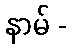
နာမ် -